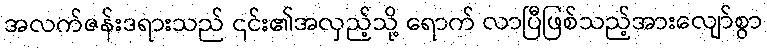
အလက်ဇန်းဒရားသည် ၎င်း၏အလှည့်သို့ ရောက် လာပြီဖြစ်သည့်အားလျော်စွာ